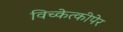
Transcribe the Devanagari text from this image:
विच्केत्कीपेर